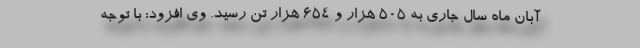
آبان ماه سال جاری به 505 هزار و 654 هزار تن رسید. وی افزود: با توجه